Indian journal of veterinary science and animal husbandry - Volumes 15-17, 1948-1951
Year: 1948
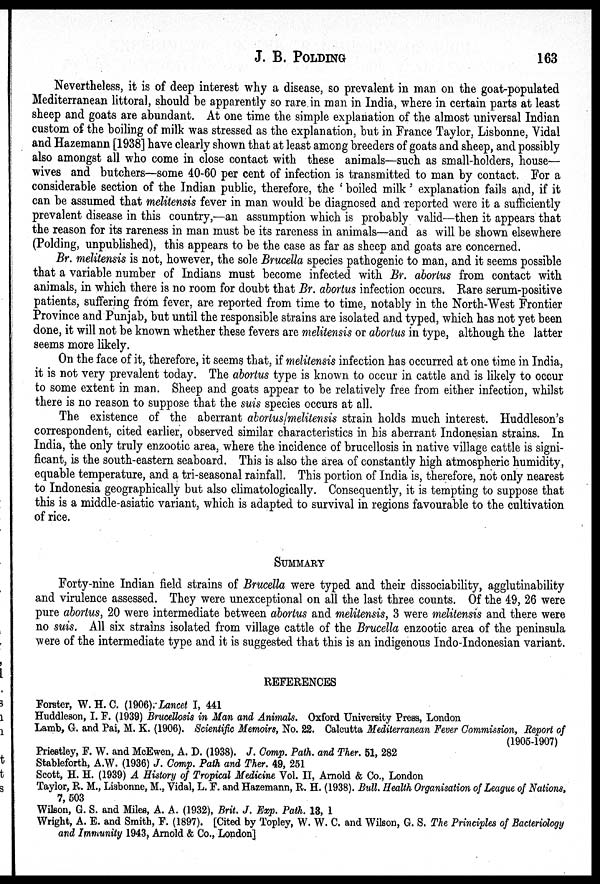
J. B. POLDING
163
Nevertheless, it is of deep interest why a disease, so prevalent in man on the goat-populated
Mediterranean littoral, should be apparently so rare in man in India, where in certain parts at least
sheep and goats are abundant. At one time the simple explanation of the almost universal Indian
custom of the boiling of milk was stressed as the explanation, but in France Taylor, Lisbonne, Vidal
and Hazemann [1938] have clearly shown that at least among breeders of goats and sheep, and possibly
also amongst all who come in close contact with these animals—such as small-holders, house—
wives and butchers—some 40-60 per cent of infection is transmitted to man by contact. For a
considerable section of the Indian public, therefore, the ' boiled milk' explanation fails and, if it
can be assumed that melitensis fever in man would be diagnosed and reported were it a sufficiently
prevalent disease in this country,—an assumption which is probably valid—then it appears that
the reason for its rareness in man must be its rareness in animals—and as will be shown elsewhere
(Polding, unpublished), this appears to be the case as far as sheep and goats are concerned.
Br. melitensis is not, however, the sole Brucella species pathogenic to man, and it seems possible
that a variable number of Indians must become infected with Br. abortus from contact with
animals, in which there is no room for doubt that Br. abortus infection occurs. Rare serum-positive
patients, suffering from fever, are reported from time to time, notably in the North-West Frontier
Province and Punjab, but until the responsible strains are isolated and typed, which has not yet been
done, it will not be known whether these fevers are melitensis or abortus in type, although the latter
seems more likely.
On the face of it, therefore, it seems that, if melitensis infection has occurred at one time in India,
it is not very prevalent today. The abortus type is known to occur in cattle and is likely to occur
to some extent in man. Sheep and goats appear to be relatively free from either infection, whilst
there is no reason to suppose that the suis species occurs at all.
The existence of the aberrant abortus/melitensis strain holds much interest. Huddleson's
correspondent, cited earlier, observed similar characteristics in his aberrant Indonesian strains. In
India, the only truly enzootic area, where the incidence of brucellosis in native village cattle is signi-
ficant, is the south-eastern seaboard. This is also the area of constantly high atmospheric humidity,
equable temperature, and a tri-seasonal rainfall. This portion of India is, therefore, not only nearest
to Indonesia geographically but also climatologically. Consequently, it is tempting to suppose that
this is a middle-asiatic variant, which is adapted to survival in regions favourable to the cultivation
of rice.
SUMMARY
Forty-nine Indian field strains of Brucella were typed and their dissociability, agglutinability
and virulence assessed. They were unexceptional on all the last three counts. Of the 49, 26 were
pure abortus, 20 were intermediate between abortus and melitensis, 3 were melitensis and there were
no suis. All six strains isolated from village cattle of the Brucella enzootic area of the peninsula
were of the intermediate type and it is suggested that this is an indigenous Indo-Indonesian variant.
REFERENCES
Forster, W. H. C. (1906). Lancet I, 441
Huddleson, I. F. (1939) Brucellosis in Man and Animals. Oxford University Press, London
Lamb, G. and Pai, M. K. (1906). Scientific Memoirs, No. 22. Calcutta Mediterranean Fever Commission, Report of
(1905-1907)
Priestley, F. W. and McEwen, A. D. (1938). J. Comp. Path. and Ther. 51, 282
Stableforth, A.W. (1936) J. Comp. Path and Ther. 49, 251
Scott, H. H. (1939) A History of Tropical Medicine Vol. II, Arnold & Co., London
Taylor, R. M., Lisbonne, M., Vidal, L. F. and Hazemann, R. H. (1938). Bull. Health Organisation of League of Nations,
7,503
Wilson, G. S. and Miles, A. A. (1932), Brit. J. Exp. Path. 13, 1
Wright, A. E. and Smith, F. (1897). [Cited by Topley, W. W. C. and Wilson, G. S. The Principles of Bacteriology
and Immunity 1943, Arnold & Co., London]